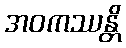
အဝကဿန္တိ